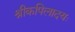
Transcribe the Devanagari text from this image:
श्रीकपिलादयः